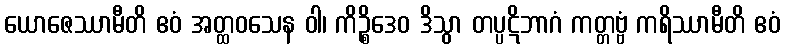
ယောဇေဿာမီတိ ဧဝံ အတ္ထဝသေန ဝါ၊ ကိဉ္စိဒေဝ ဒိသွာ တပ္ပဋိဘာဂံ ကတ္တဗ္ဗံ ကရိဿာမီတိ ဧဝံ